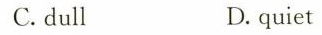
C.dull D.quiet